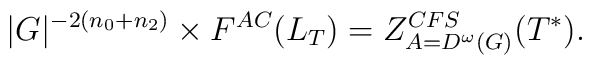
|G|^{-2(n_0+n_2)} \times F^{AC}(L_T) = Z^{CFS}_{A=D^\omega(G)}(T^{\ast}).